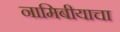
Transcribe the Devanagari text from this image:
नामिबीयाचा